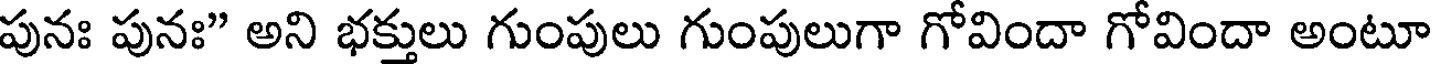
పునః పునః" అని భక్తులు గుంపులు గుంపులుగా గోవిందా గోవిందా అంటూ